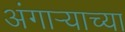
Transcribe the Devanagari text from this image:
अंगार्‍याच्या